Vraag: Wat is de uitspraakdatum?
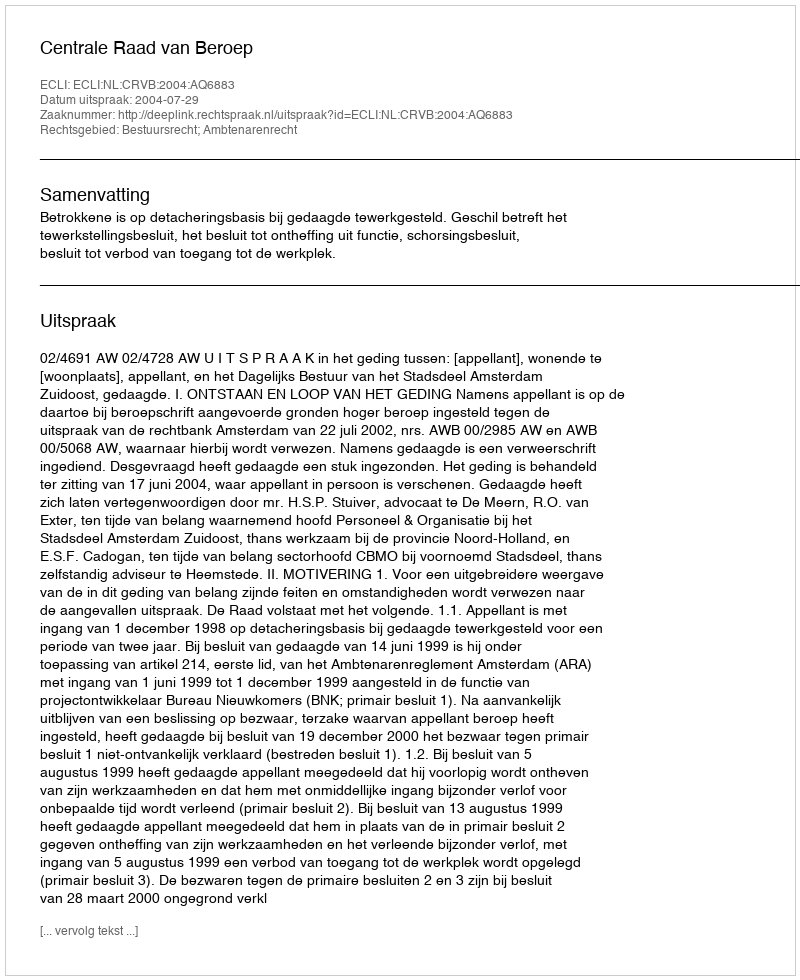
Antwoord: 2004-07-29